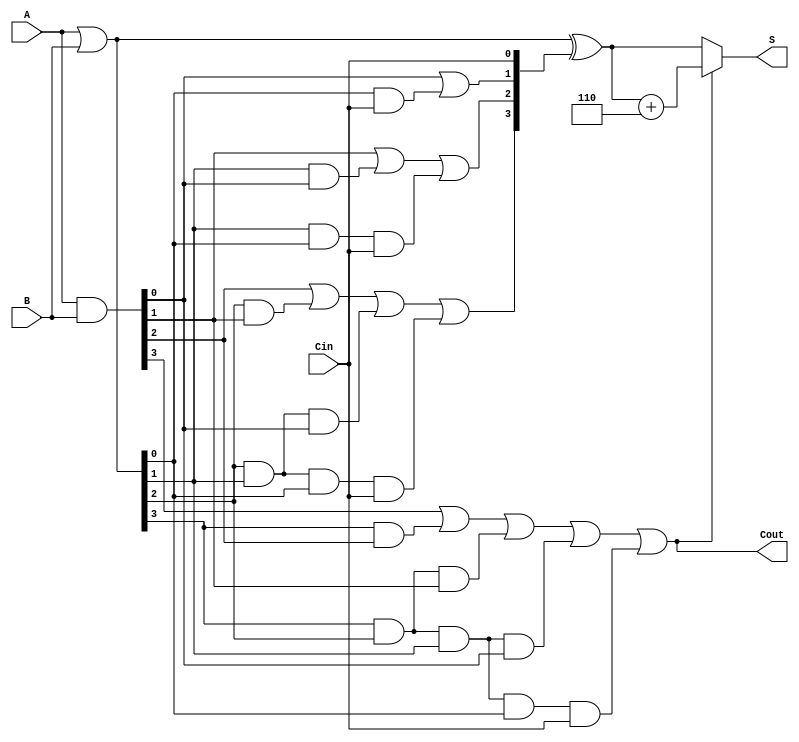
module BCD_Carry_Lookahead_Adder (
    input  [3:0] A,      // 4-bit BCD input A
    input  [3:0] B,      // 4-bit BCD input B
    input        Cin,     // Carry input
    output reg [3:0] S,   // 4-bit sum output
    output reg Cout       // Carry output
);

    // Internal signals for generate and propagate
    wire [3:0] G; // Generate signals
    wire [3:0] P; // Propagate signals
    wire [4:0] C; // Carry signals

    // Generate and propagate calculations
    assign G = A & B;          // G[i] = A[i] AND B[i]
    assign P = A | B;          // P[i] = A[i] OR B[i]
    
    // Carry lookahead logic
    assign C[0] = Cin; // C[0] = Cin
    assign C[1] = G[0] | (P[0] & Cin);
    assign C[2] = G[1] | (P[1] & G[0]) | (P[1] & P[0] & Cin);
    assign C[3] = G[2] | (P[2] & G[1]) | (P[2] & P[1] & G[0]) | (P[2] & P[1] & P[0] & Cin);
    assign C[4] = G[3] | (P[3] & G[2]) | (P[3] & P[2] & G[1]) | (P[3] & P[2] & P[1] & G[0]) | (P[3] & P[2] & P[1] & P[0] & Cin);

    // Sum calculation
    always @(*) begin
        // Calculate initial sum
        S = P ^ C[3:0]; // S[i] = P[i] XOR C[i]
        
        // Adjust for BCD if C[4] is asserted
        if (C[4]) begin
            S = S + 4'b0110; // Add 6 in BCD
        end
        
        // Set the carry output
        Cout = C[4]; // Final carry output
    end

endmodule